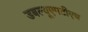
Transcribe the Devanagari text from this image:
डबल्यूएमटीएच